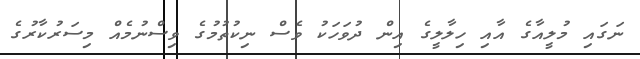
ނަގައި މުލީއާގެ އާއި ހިލާލީގެ އިން ދުވަހަކު ވެސް ނިކުތުމުގެ ވިސްނުމެއް މިސަރުކާރުގެ